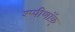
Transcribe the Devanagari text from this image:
श्प्पीणॉफ़्